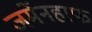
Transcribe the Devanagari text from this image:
जर्मेनहाफ